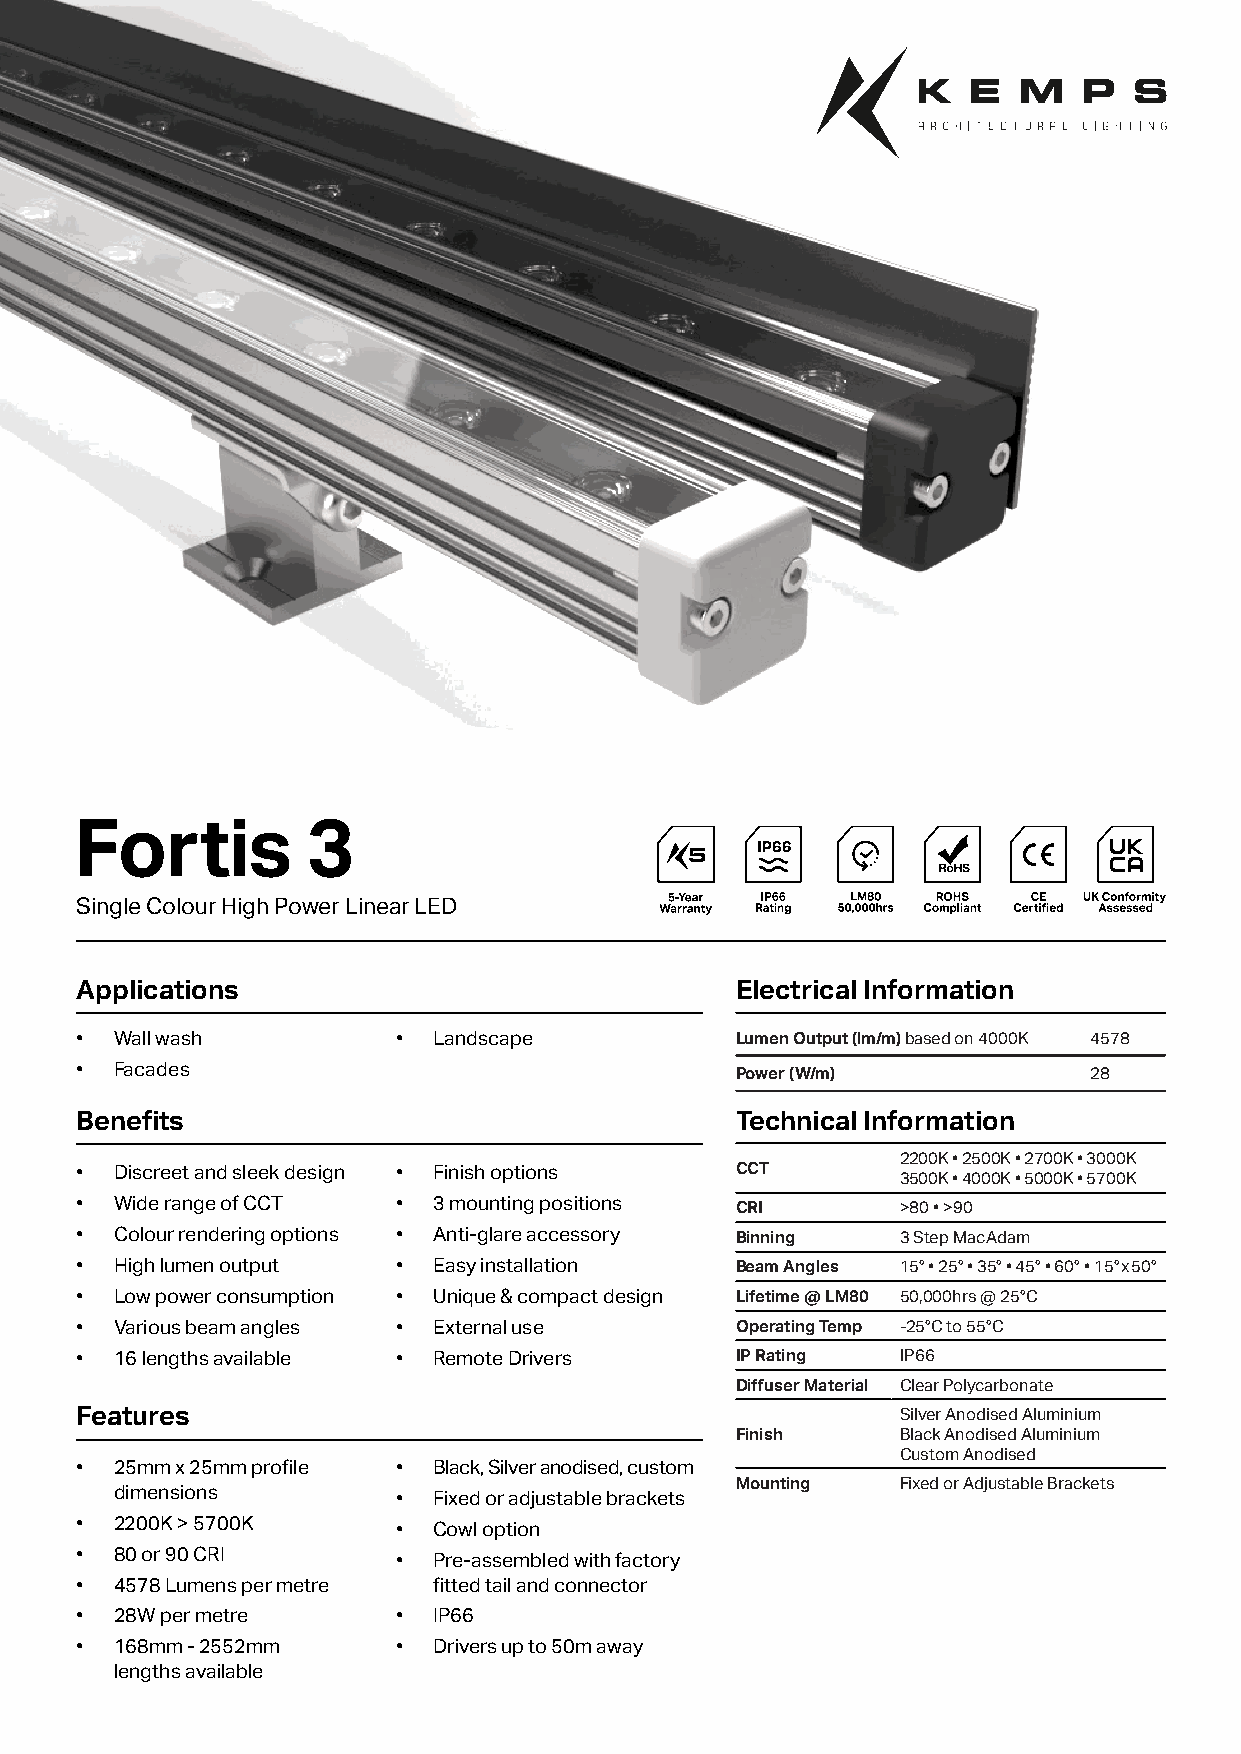
Fortis         3
 Single Colour High Power Linear LED
 Applications                                Electrical Information
 •  Wall wash         •  Landscape           Lumen Output (lm/m) based on 4000K 4578
 •  Facades                                  Power (W/m)            28
 Benefits                                    Technical Information
 2200K • 2500K • 2700K • 3000K
 •  Discreet and sleek design • Finish options CCT      3500K • 4000K • 5000K • 5700K
 •  Wide range of CCT •  3 mounting positions CRI       >80 • >90
 •  Colour rendering options • Anti-glare accessory Binning 3 Step MacAdam
 •  High lumen output •  Easy installation   Beam Angles 15° • 25° • 35° • 45° • 60° • 15°x50°
 •  Low power consumption • Unique & compact design Lifetime @ LM80 50,000hrs @ 25°C
 •  Various beam angles • External use       Operating Temp -25°C to 55°C
 •  16 lengths available • Remote Drivers    IP Rating  IP66
 Diffuser Material Clear Polycarbonate
 Features                                               Silver Anodised Aluminium
 Finish     Black Anodised Aluminium
 Custom Anodised
 •  25mm x 25mm profile • Black, Silver anodised, custom
 Mounting   Fixed or Adjustable Brackets
 dimensions        •  Fixed or adjustable brackets
 •  2200K > 5700K     •  Cowl option
 •  80 or 90 CRI      •  Pre-assembled with factory
 •  4578 Lumens per metre fitted tail and connector
 •  28W per metre     •  IP66
 •  168mm - 2552mm    •  Drivers up to 50m away
 lengths available